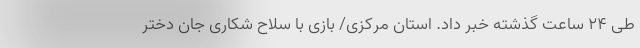
طی ۲۴ ساعت گذشته خبر داد. استان مرکزی/ بازی با سلاح شکاری جان دختر